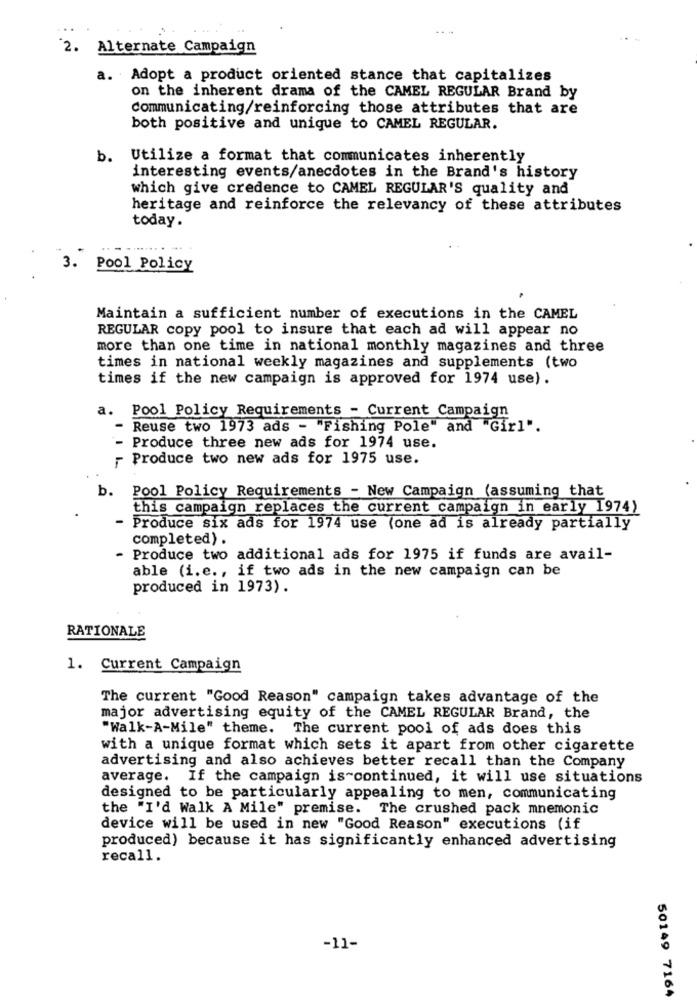
2. Alternate Campaign
a. Adopt a product oriented stance that capitalizes
on the inherent drama of the CAMEL REGULAR Brand by
communicating/reinforcing those attributes that are
both positive and unique to CAMEL REGULAR.
b.
Utilize a format that communicates inherently
interesting events/anecdotes in the Brand's history
which give credence to CAMEL REGULAR'S quality and
heritage and reinforce the relevancy of these attributes
today.
3.
Pool Policy
Maintain a sufficient number of executions in the CAMEL
REGULAR copy pool to insure that each ad will appear no
more than one time in national monthly magazines and three
times in national weekly magazines and supplements (two
times if the new campaign is approved for 1974 use).
a. Pool Policy Requirements - Current Campaign
- Reuse two 1973 ads - "Fishing Pole" and "Girl".
- Produce three new ads for 1974 use.
Produce two new ads for 1975 use.
b. Pool Policy Requirements - New Campaign (assuming that
this campaign replaces the current campaign in early 1974)
- Produce six ads for 1974 use (one ad is already partially
completed).
Produce two additional ads for 1975 if funds are avail-
able (i.e ., if two ads in the new campaign can be
produced in 1973).
RATIONALE
1. Current Campaign
The current "Good Reason" campaign takes advantage of the
major advertising equity of the CAMEL REGULAR Brand, the
"Walk-A-Mile" theme.
The current pool of ads does this
with a unique format which sets it apart from other cigarette
advertising and also achieves better recall than the Company
average. If the campaign is-continued, it will use situations
designed to be particularly appealing to men, communicating
the "I'd Walk A Mile" premise. The crushed pack mnemonic
device will be used in new "Good Reason" executions (if
produced) because it has significantly enhanced advertising
recall.
-11-
50149 7164